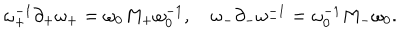
\omega _ { + } ^ { - 1 } \partial _ { + } \omega _ { + } = \omega _ { 0 } M _ { + } \omega _ { 0 } ^ { - 1 } , \quad \omega _ { - } \partial _ { - } \omega _ { - } ^ { - 1 } = \omega _ { 0 } ^ { - 1 } M _ { - } \omega _ { 0 } .